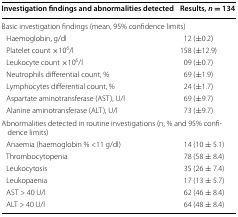
<table><thead><tr><td><b>Investigation findings and abnormalities detected</b></td><td><b>Results, <i>n</i> = 134</b></td></tr></thead><tbody><tr><td colspan="2">Basic investigation findings (mean, 95% confidence limits)</td></tr><tr><td> Haemoglobin, g/dl</td><td>12 (±0.2)</td></tr><tr><td> Platelet count ×10<sup>6</sup>/l</td><td>158 (±12.9)</td></tr><tr><td> Leukocyte count ×10<sup>6</sup>/l</td><td>09 (±0.7)</td></tr><tr><td> Neutrophils differential count, %</td><td>69 (±1.9)</td></tr><tr><td> Lymphocytes differential count, %</td><td>24 (±1.7)</td></tr><tr><td> Aspartate aminotransferase (AST), U/l</td><td>69 (±9.7)</td></tr><tr><td> Alanine aminotransferase (ALT), U/l</td><td>73 (±9.7)</td></tr><tr><td colspan="2">Abnormalities detected in routine investigations (n, % and 95% confidence limits)</td></tr><tr><td> Anaemia (haemoglobin % &lt;11 g/dl)</td><td>14 (10 ± 5.1)</td></tr><tr><td> Thrombocytopenia</td><td>78 (58 ± 8.4)</td></tr><tr><td> Leukocytosis</td><td>35 (26 ± 7.4)</td></tr><tr><td> Leukopaenia</td><td>17 (13 ± 5.7)</td></tr><tr><td> AST &gt; 40 U/l</td><td>62 (46 ± 8.4)</td></tr><tr><td> ALT &gt; 40 U/l</td><td>64 (48 ± 8.4)</td></tr></tbody></table>